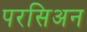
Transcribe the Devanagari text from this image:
परसिअन